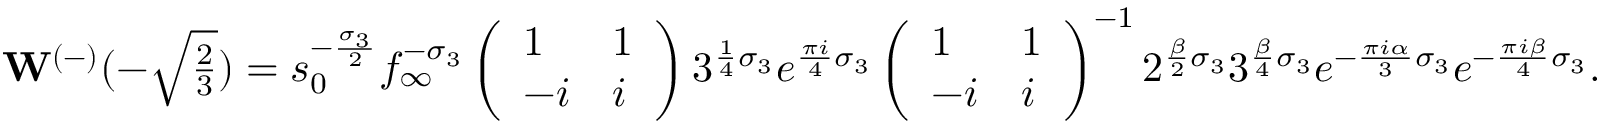
\mathbf { W } ^ { ( - ) } ( - \textstyle \sqrt { \frac { 2 } { 3 } } ) = s _ { 0 } ^ { - \frac { \sigma _ { 3 } } { 2 } } f _ { \infty } ^ { - \sigma _ { 3 } } \left( \begin{array} { l l } { 1 } & { 1 } \\ { - i } & { i } \end{array} \right) 3 ^ { \frac { 1 } { 4 } \sigma _ { 3 } } e ^ { \frac { \pi i } { 4 } \sigma _ { 3 } } \left( \begin{array} { l l } { 1 } & { 1 } \\ { - i } & { i } \end{array} \right) ^ { - 1 } 2 ^ { \frac { { \beta } } { 2 } \sigma _ { 3 } } 3 ^ { \frac { { \beta } } { 4 } \sigma _ { 3 } } e ^ { - \frac { \pi i \alpha } { 3 } \sigma _ { 3 } } e ^ { - \frac { \pi i { \beta } } { 4 } \sigma _ { 3 } } .